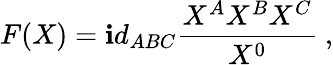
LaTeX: F(X)=\mathbf{i}d_{ABC}{\frac{{X^{A}X^{B}X^{C}}}{{X^{0}}}}\ ,